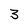
Character: 3